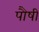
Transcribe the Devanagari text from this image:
पौषी